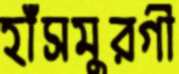
হাঁসমুরগী